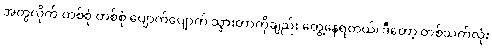
အတွဲလိုက် တစ်စုံ တစ်စုံ ပျောက်ပျောက် သွားတာကိုချည်း တွေ့နေရတယ်၊ ဒီတော့ တစ်သက်လုံး